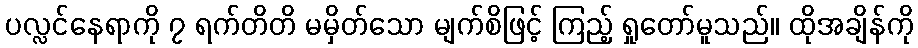
ပလ္လင်နေရာကို ၇ ရက်တိတိ မမှိတ်သော မျက်စိဖြင့် ကြည့် ရှုတော်မူသည်။ ထိုအချိန်ကို